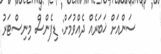
ސަންއަށް ޚަބަރެއް ދެއްވުމަށް: ޑިފެންސް މިނިސްޓަރު